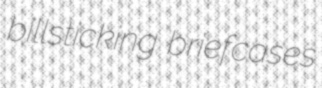
billsticking briefcases